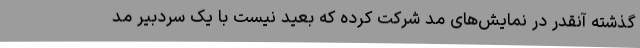
گذشته آنقدر در نمایش‌های مد شرکت کرده که بعید نیست با یک سردبیر مُد